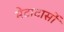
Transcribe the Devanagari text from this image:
मेटाटार्सो